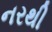
નરથી